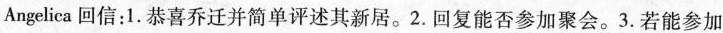
Angelica 回信：1.恭喜乔迁并简单评述其新居。2.回复能否参加聚会。3.若能参加